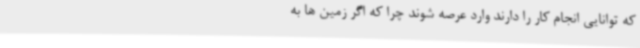
که توانایی انجام کار را دارند وارد عرصه شوند چرا که اگر زمین ها به